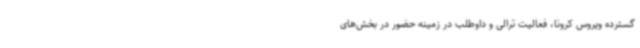
گسترده ویروس کرونا، فعالیت ترالی و داوطلب در زمینه حضور در بخش‌های